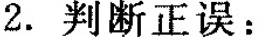
2.判断正误：